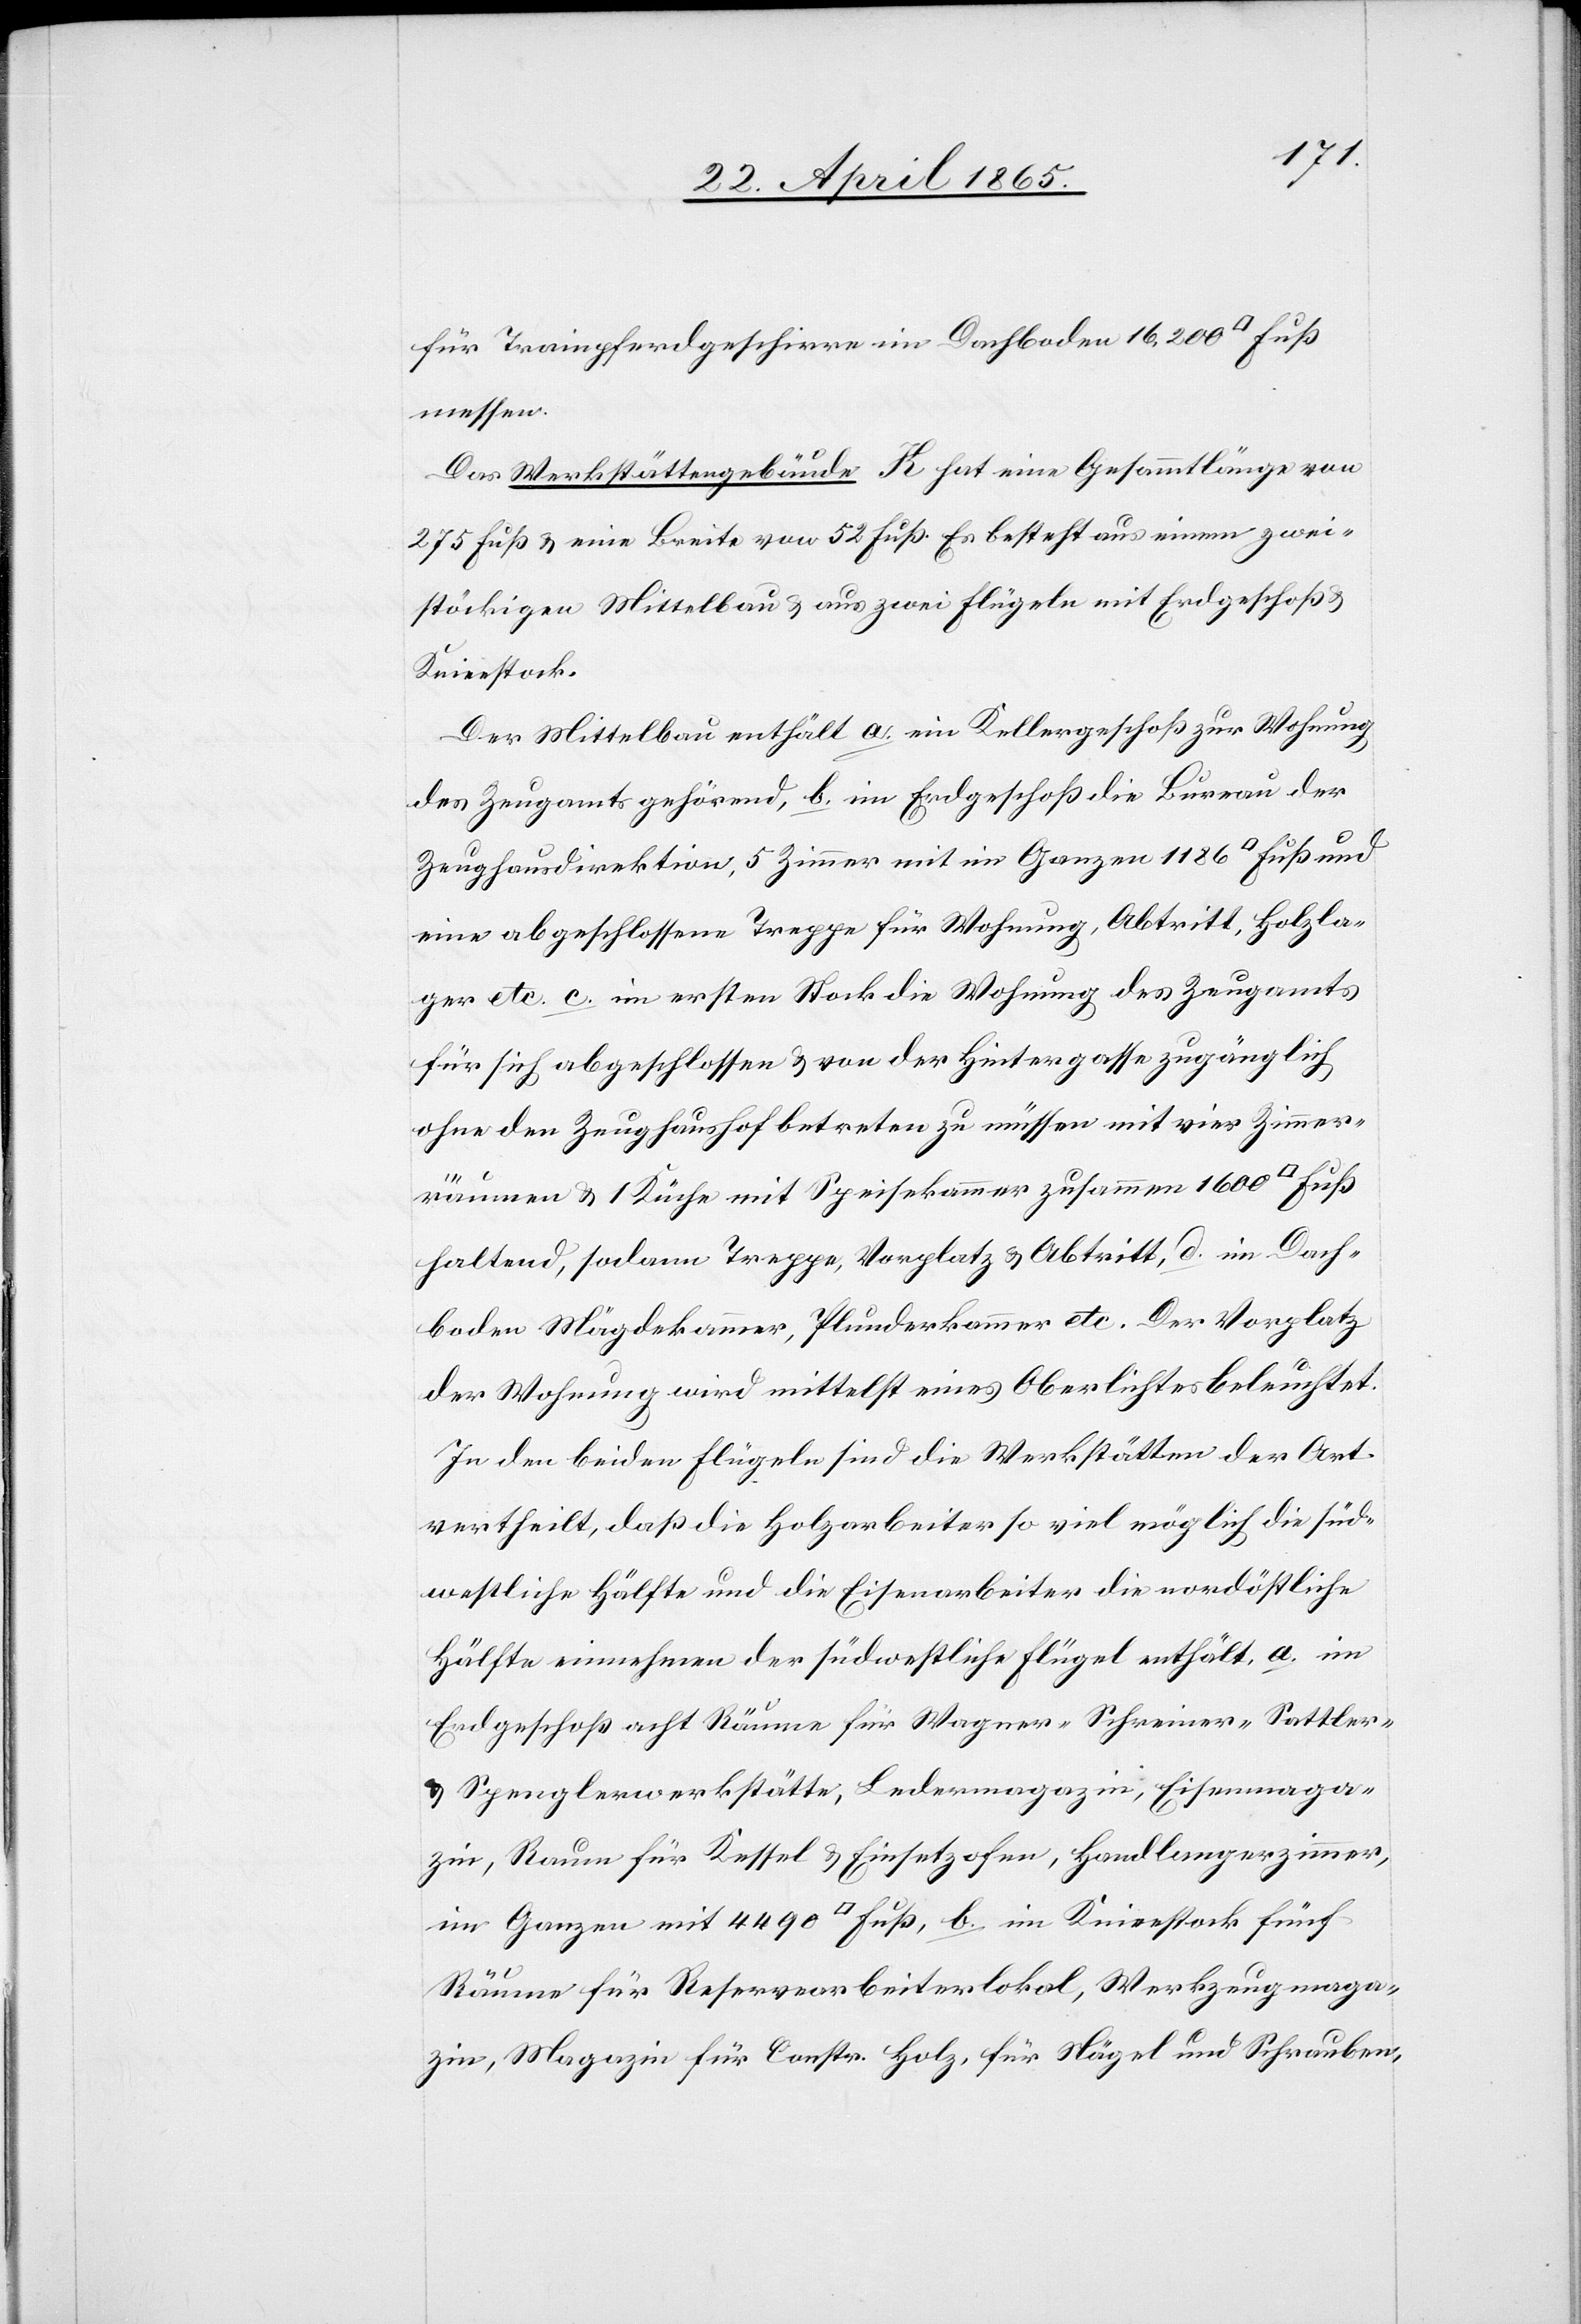
für Trainpferdgeschirre im Dachboden 16,200 [Qu¬
messen.
Das Werkstättengebäude K hat eine Gesammtlänge von
275 Fuß & eine Breite von 52 Fuß. Es besteht aus einem zwei¬
stöckigen Mittelbau & aus zwei Flügeln mit Erdgeschoß &
Knieestock.
Der Mittelbau enthält a. ein Kellergeschoß zur Wohnung
des Zeugamts gehörend, b. im Erdgeschoß die Bureau der
Zeughausdirektion, 5 Zimmer mit im Ganzen 1186 [Quad¬
eine abgeschlossene Treppe für Wohnung, Abtritt, Holzla¬
ger etc. c. im ersten Stock die Wohnung des Zeugamts
für sich abgeschlossen & von der Hintergasse zugänglich
ohne den Zeughaushof betreten zu müssen mit vier Zimmer¬
räumen & 1 Küche mit Speisekammer zusammen 1600 [Quadr¬
haltend, sodann Treppe, Vorplatz & Abtritt, d. im Dach¬
boden Mägdekammer, Plunderkammer etc. Der Vorplatz
der Wohnung wird mittelst eines Oberlichtes beleuchtet.
In den beiden Flügeln sind die Werkstätten der Art
vertheilt, daß die Holzarbeiter so viel möglich die süd¬
westliche Hälfte und die Eisenarbeiter die nordöstliche
Hälfte einnehmen[;] der südwestliche Flügel enthält, a. im
Erdgeschoß acht Räume für Wagner-[,] Schreiner-[,] Sattler-
& Spenglerwerkstätte, Ledermagazin, Eisenmaga¬
zin, Raum für Kessel & Einsetzofen, Handlangerzimmer,
im Ganzen mit 4490 [Quadrat] Fuß, b. im Knieestock fünf
Fuß
Räume für Reservearbeiterlokal, Werkzeugmaga¬
zin, Magazin für Constr. Holz, für Nägel und Schrauben,